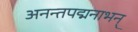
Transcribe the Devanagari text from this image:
अनन्तपद्मनाभन्